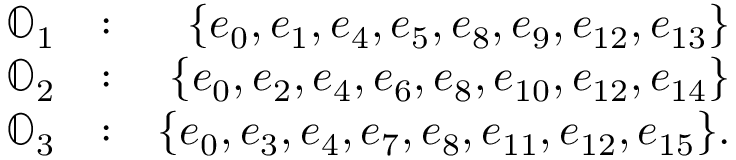
\begin{array} { r l r } { \mathbb { O } _ { 1 } } & { : } & { \{ e _ { 0 } , e _ { 1 } , e _ { 4 } , e _ { 5 } , e _ { 8 } , e _ { 9 } , e _ { 1 2 } , e _ { 1 3 } \} } \\ { \mathbb { O } _ { 2 } } & { : } & { \{ e _ { 0 } , e _ { 2 } , e _ { 4 } , e _ { 6 } , e _ { 8 } , e _ { 1 0 } , e _ { 1 2 } , e _ { 1 4 } \} } \\ { \mathbb { O } _ { 3 } } & { : } & { \{ e _ { 0 } , e _ { 3 } , e _ { 4 } , e _ { 7 } , e _ { 8 } , e _ { 1 1 } , e _ { 1 2 } , e _ { 1 5 } \} . } \end{array}